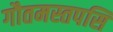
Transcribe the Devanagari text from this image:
गौतमस्तपसि